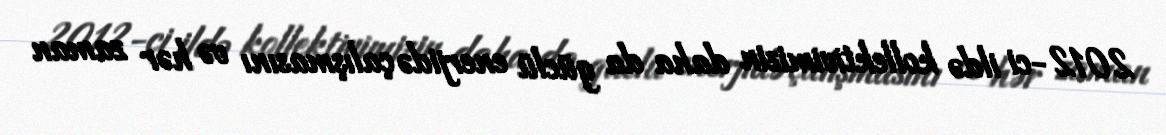
2012-ci ildə kollektivimizin daha da güclü enerjidə çalışmasını və hər zaman